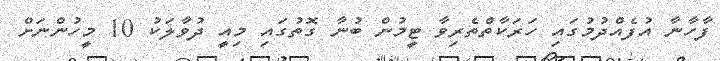
ފާހާނާ އުފެއްދުމުގައި ހަރަކާތްތެރިވާ ޓީމުން ބުނާ ގޮތުގައި މިއީ ދުވާލަކު 10 މީހުންނަށް